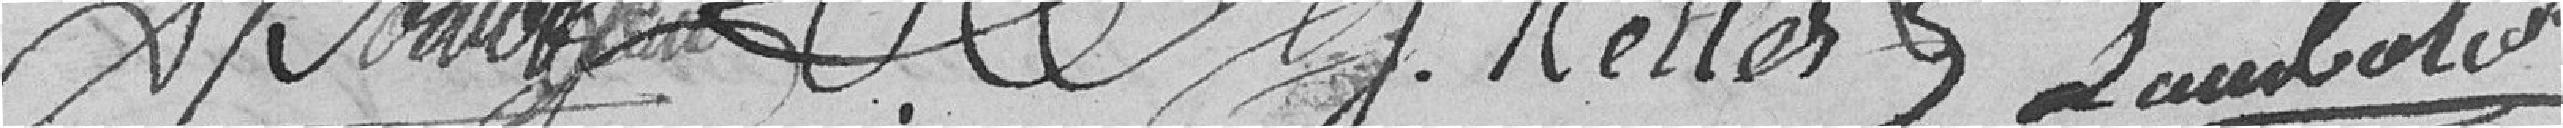
Keller